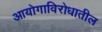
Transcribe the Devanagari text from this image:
आयोगाविरोधातील